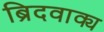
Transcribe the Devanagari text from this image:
ब्रिदवाक्य